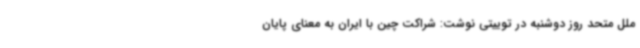
ملل متحد روز دوشنبه در توییتی نوشت: شراکت چین با ایران به معنای پایان